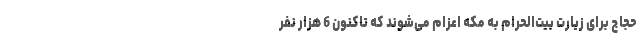
حجاج برای زیارت بیت‌الحرام به مکه اعزام می‌شوند که تاکنون 6 هزار نفر